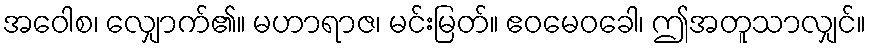
အဝေါစ၊ လျှောက်၏။ မဟာရာဇ၊ မင်းမြတ်။ ဧဝမေဝခေါ၊ ဤအတူသာလျှင်။